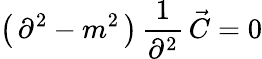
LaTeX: \left(\, \partial^{2}-m^{2}\, \right)\, {\frac{1}{\partial^{2}}}\, \vec{C}=0